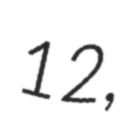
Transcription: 12,